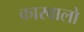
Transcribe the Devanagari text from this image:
कारवालो